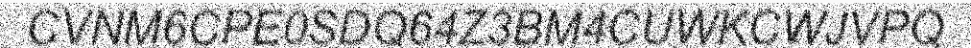
CVNM6CPE0SDQ64Z3BM4CUWKCWJVPQ